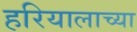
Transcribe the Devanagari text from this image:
हरियालाच्या